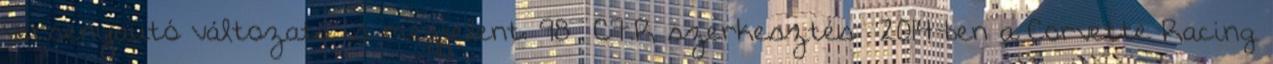
versenyautó változata is megjelent. 98 C7.R szerkesztés 2014-ben a Corvette Racing